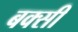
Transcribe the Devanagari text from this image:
बक्सी